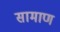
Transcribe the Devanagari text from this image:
सामाण